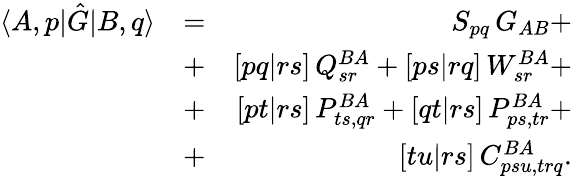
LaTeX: \begin{array}{rlr}{\langle A,p|\hat{G}|B,q\rangle}&{=}&{S_{pq}\, G_{AB}+}\\ &{+}&{[pq|rs]\, Q_{sr}^{BA}+[ps|rq]\, W_{sr}^{BA}+}\\ &{+}&{[pt|rs]\, P_{ts,qr}^{BA}+[qt|rs]\, P_{ps,tr}^{BA}+}\\ &{+}&{[tu|rs]\, C_{psu,trq}^{BA}.}\end{array}